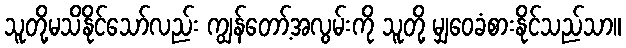
သူတို့မသိနိုင်သော်လည်း ကျွန်တော့်အလွမ်းကို သူတို့ မျှဝေခံစားနိုင်သည်သာ။